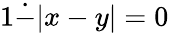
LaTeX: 1{\dot{-}}|x-y|=0